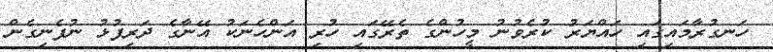
ހަނގުރާމައިގައި ހައްޔަރު ކުރެވުނު މީހުންގެ ތެރޭގައި ހުރި އަންހެނަކު އޭނާގެ ދަރިފުޅު ނުފެނިގެން